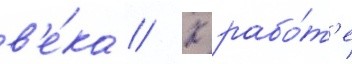
в'е́ка // К рабо́т'е